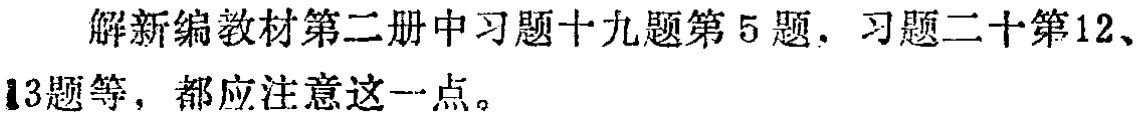
解新编教材第二册中习题十九题第5题，习题二十第12、13题等，都应注意这一点。